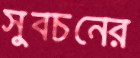
সুবচনের